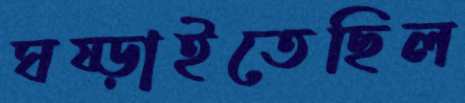
ঘষ্‌ড়াইতেছিল